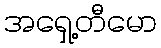
အရှေ့တီမော